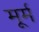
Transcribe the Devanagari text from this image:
मूर्म